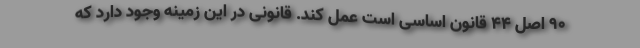
90 اصل 44 قانون اساسی است عمل کند. قانونی در این زمینه وجود دارد که